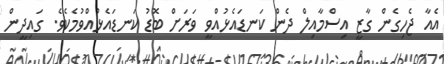
އެއާ ޖެހިގެން ގާޒީ އިސްމާއިލް ދެން ކަނޑައެޅުއްވީ ވަރަށް ބޮޑު ކަނޑައެޅުއްވުމެކެވެ. ގައިދީން